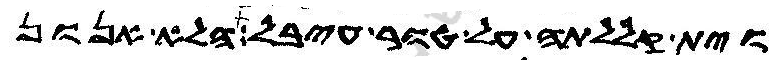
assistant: וית קללתה על טור עיבל הלא אנון